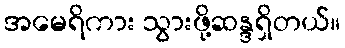
အမေရိကား သွားဖို့ဆန္ဒရှိတယ်။